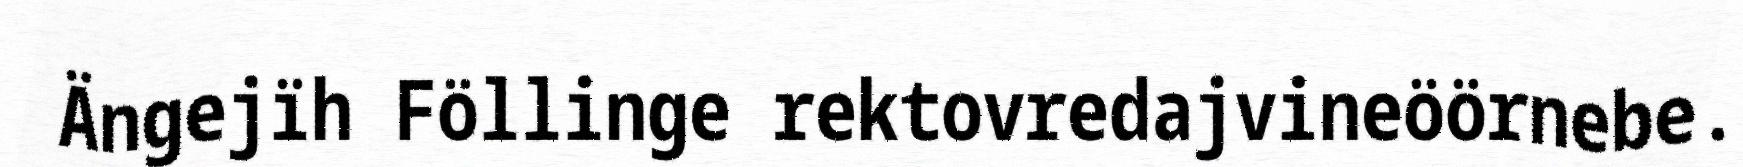
Ängejïh Föllinge rektovredajvineöörnebe.